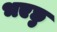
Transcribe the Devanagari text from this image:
भएछु